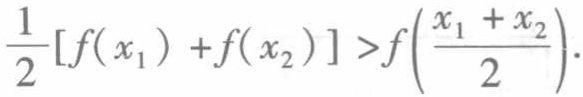
$\frac{1}{2}[f(x_{1}) + f(x_{2})]>f\left(\frac{x_{1} + x_{2}}{2}\right).$